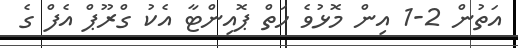
އަތުން 2-1 އިން މޮޅުވެ ހަތް ޕޮއިންޓާ އެކު ގްރޫޕް އެފް ގެ